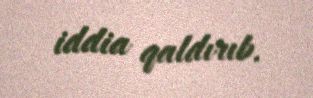
iddia qaldırıb.